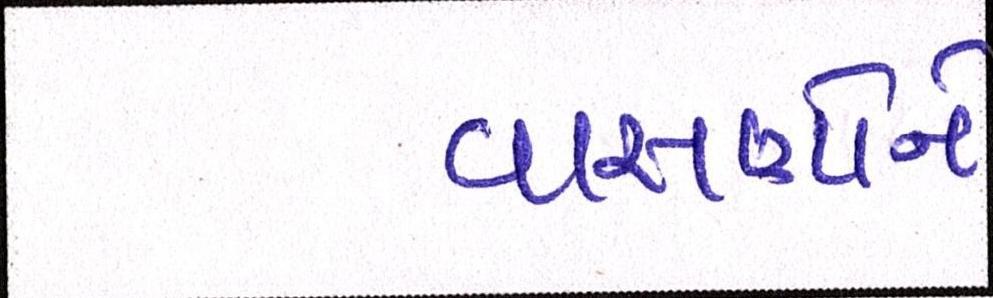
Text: વાસણોને